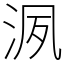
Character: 洬